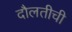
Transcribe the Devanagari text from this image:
दौलतीची